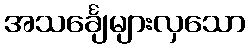
အသင်္ချေများလှသော